Ajalehe_Postimees_toimetus, lk 5
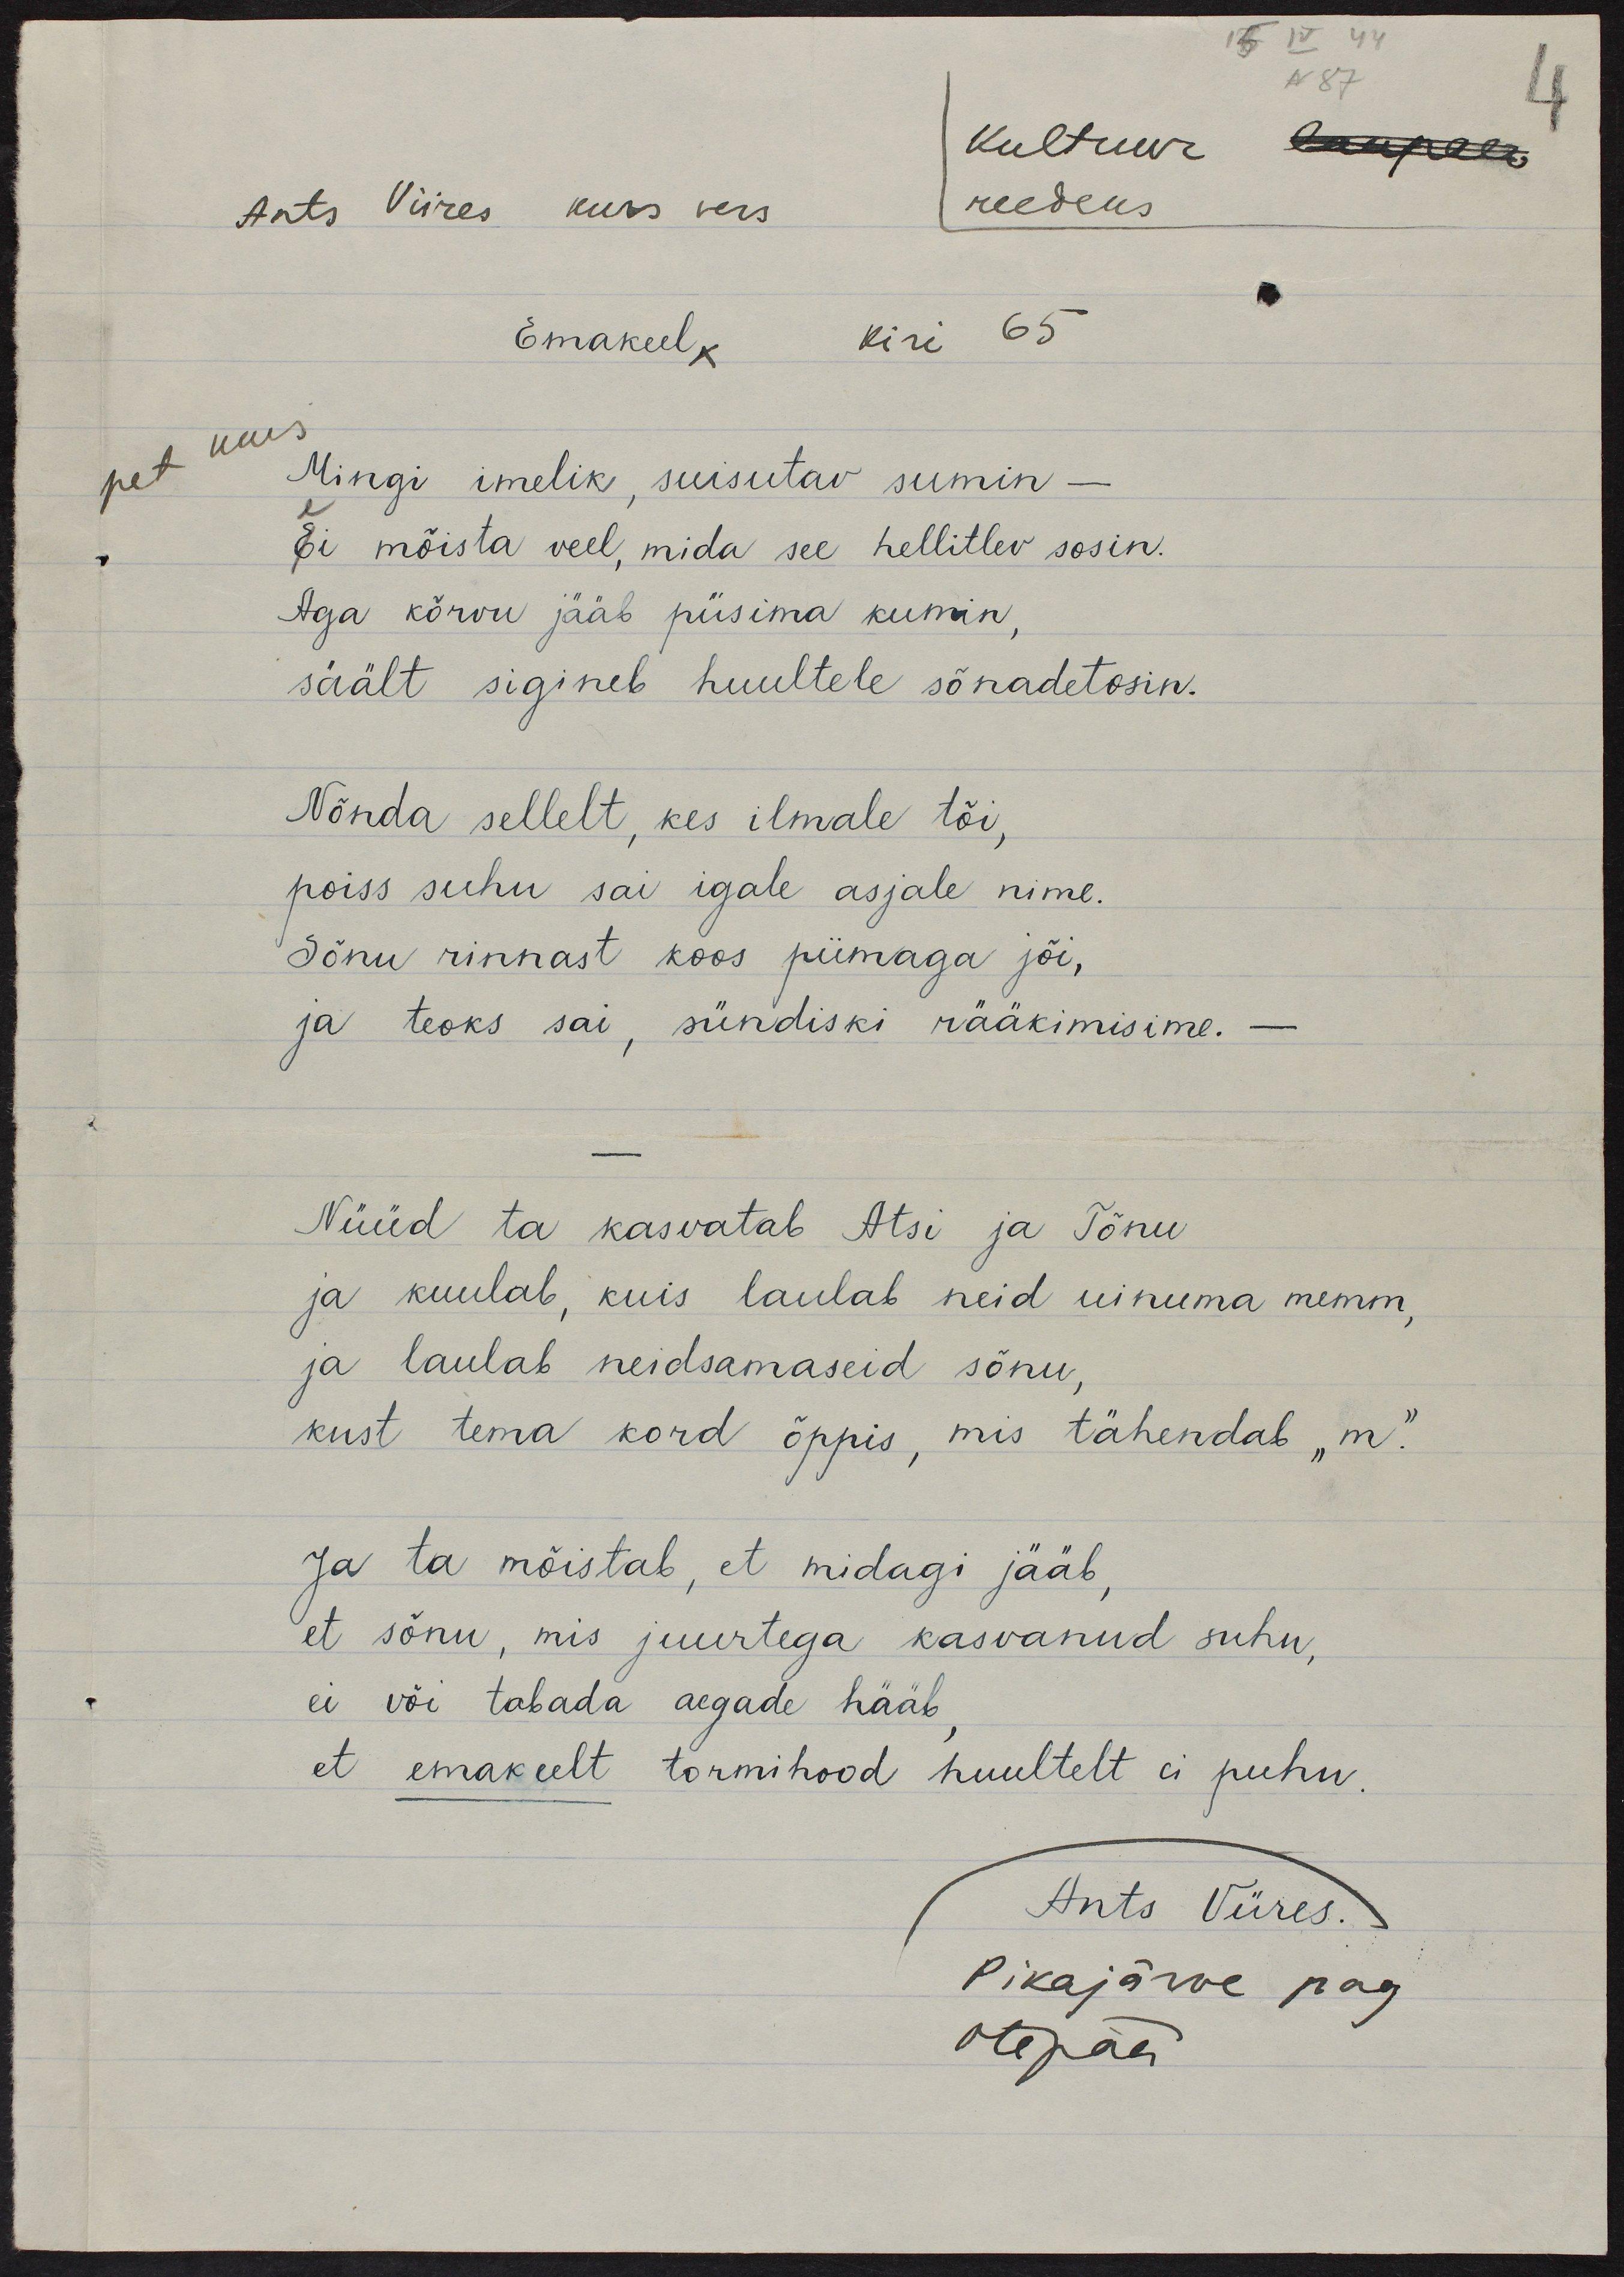
4
15 IV 44
N 87
kultuur laupaev
Ants Viires kurs vers reedeks
Emakeel. kiri 65
pet kurs
Mingi imelik, suisutav sumin -
Ei mõista veel, mida see hellitlev sosin.
Aga kõrvu jääb püsima kumin,
säält sigineb huultele sõnadetosin.
Nõnda sellelt, kes ilmale tõi,
poiss suhu sai igale asjale nime.
Sõnu rinnast koos piimaga jõi,
ja teoks sai, sündiski rääkimisime. -
-
Nüüd ta kasvatab Atsi ja Tõnu
ja kuulab, kuis laulab neid uinuma memm,
ja laulab neidsamaseid sõnu,
kust tema kord õppis, mis tähendab "m".
Ja ta mõistab, et midagi jääb,
et sõnu, mis juurtega kasvanud suhu,
ei või tabada aegade hääb
et emakeelt tormihood huultelt ei puhu.
Ants Viires.
Pikajärve pag
Otepää